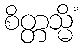
စိတ္တသ္မိံ